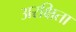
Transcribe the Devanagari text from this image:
अरक्षिता